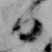
日